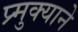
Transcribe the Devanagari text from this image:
प्र्मुक्याने